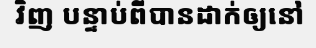
វិញ បន្ទាប់ពីបានដាក់ឲ្យនៅ